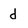
Character: d